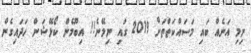
ނިމި އަނެއް ބައި މަސައްކަތްތަށް 2019 ގައި ނިމޭނެ!! އިބޫމެން ކޯޅޭޝަން ހަދައިގެން